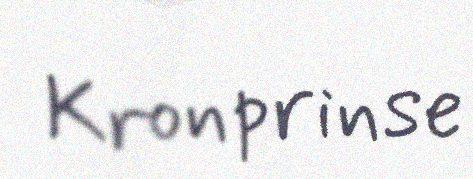
Kronprinse